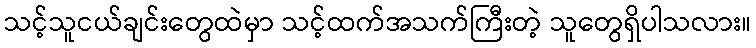
သင့်သူငယ်ချင်းတွေထဲမှာ သင့်ထက်အသက်ကြီးတဲ့ သူတွေရှိပါသလား။